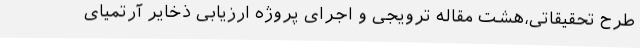
طرح تحقیقاتی،هشت مقاله ترویجی و اجرای پروژه ارزیابی ذخایر آرتمیای